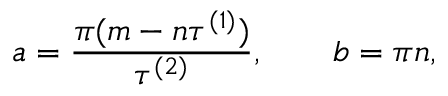
a = { \frac { \pi ( { m - n } \tau ^ { ( 1 ) } ) } { \tau ^ { ( 2 ) } } } , \qquad b = \pi { n } ,